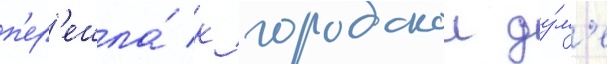
п'ер'ешла́ к городскои ду́м'е